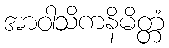
အာဝါသိကနိမိတ္တံ